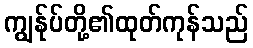
ကျွန်ုပ်တို့၏ထုတ်ကုန်သည်